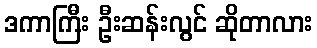
ဒကာကြီး ဦးဆန်းလွင် ဆိုတာလား